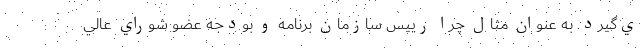
ي‌گيرد. به عنوان مثال چرا رييس سازمان برنامه و بودجه عضو شوراي عالي